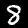
Digit: 8